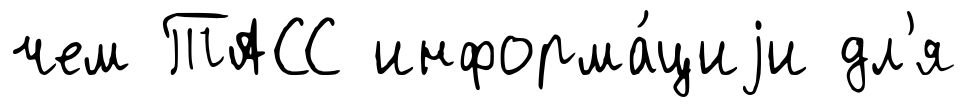
чем ТАСС информа́циjи дл'я